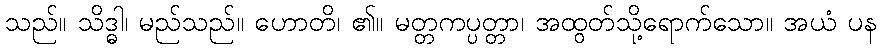
သည်။ သိဒ္ဓါ၊ မည်သည်။ ဟောတိ၊ ၏။ မတ္တကပ္ပတ္တာ၊ အထွတ်သို့ရောက်သော။ အယံ ပန